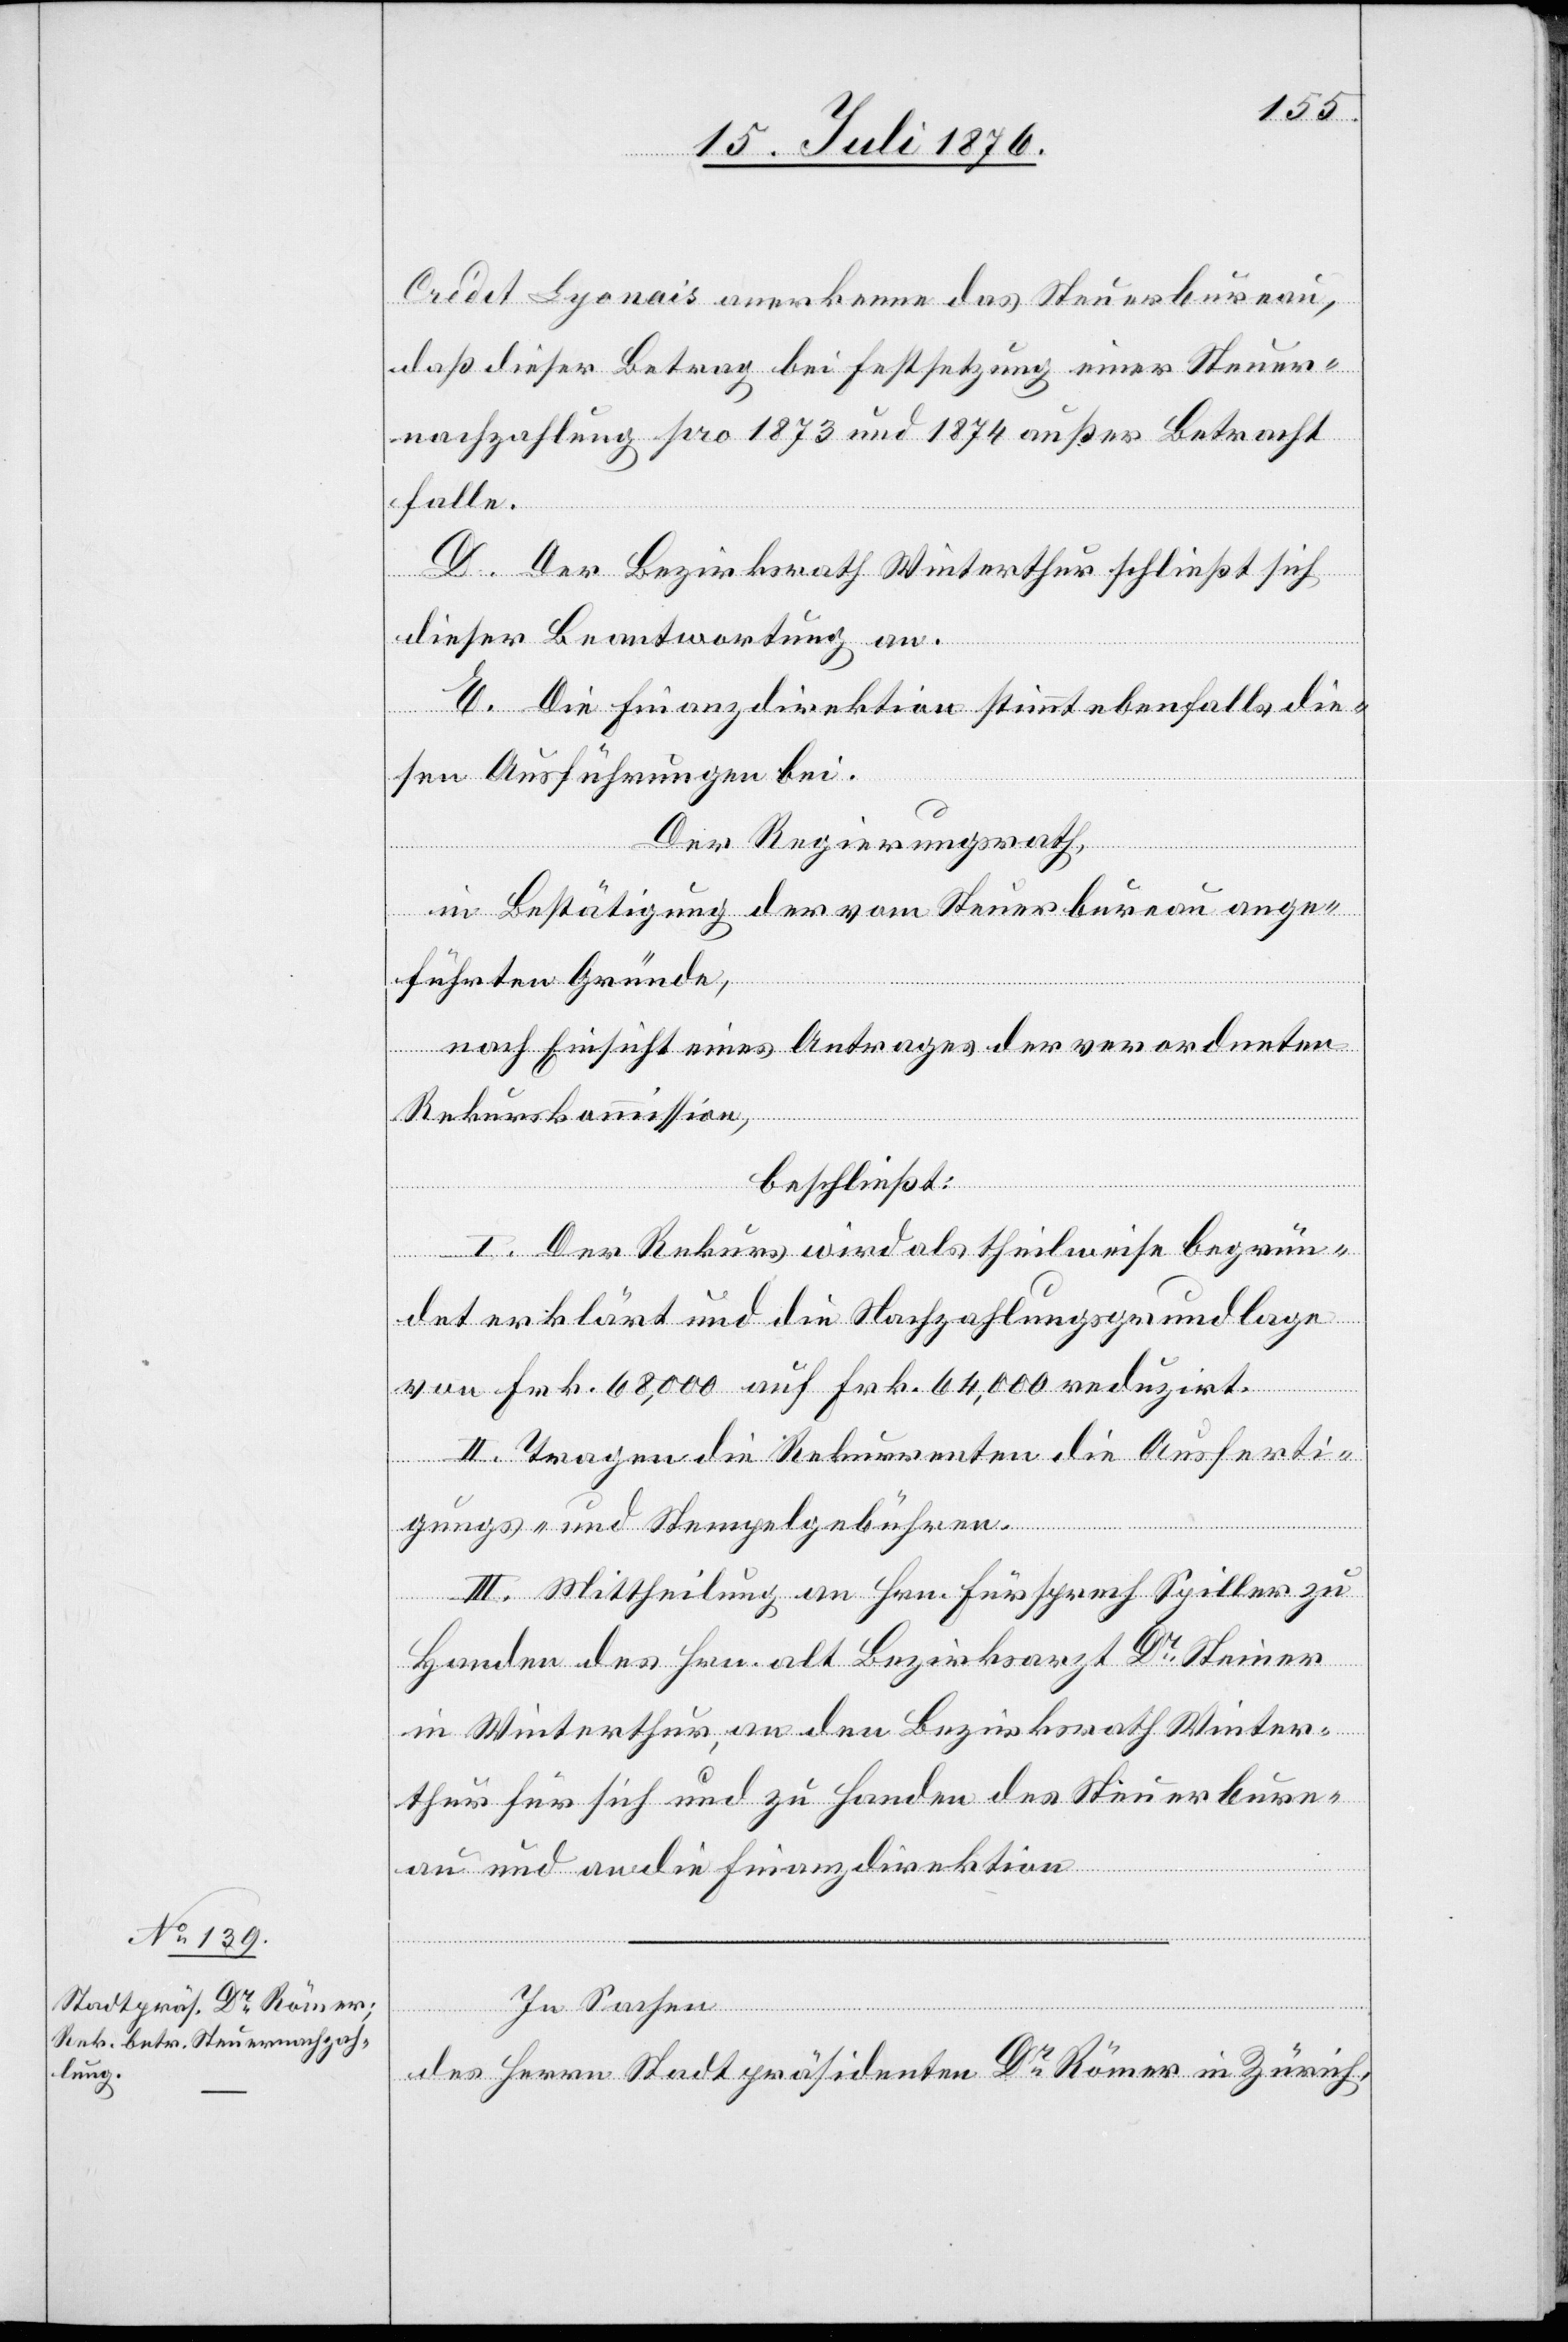
Crédit Lyonais anerkenne das Steuerbureau,
daß dieser Betrag bei Festsetzung einer Steuer¬
nachzahlung pro 1873 und 1874 außer Betracht
falle.
D. Der Bezirksrath Winterthur schließt sich
dieser Beantwortung an.
E. Die Finanzdirektion stimmt ebenfalls die¬
sen Ausführungen bei.
Der Regierungsrath,
in Bestätigung der vom Steuerbureau ange¬
führten Gründe,
nach Einsicht eines Antrages der verordneten
Rekurskommission,
beschließt:
I. Der Rekurs wird als theilweise begrün¬
det erklärt und die Nachzahlungsgrundlage
von Frk. 68,000 auf Frk. 64,000 reduzirt.
II. Tragen die Rekurrenten die Ausferti¬
gungs- und Stempelgebühren.
III. Mittheilung an Hrn. Fürsprech Spiller zu
Handen des Hrn. alt Bezirksarzt Dr Steiner
in Winterthur, an den Bezirksrath Winter¬
thur für sich und zu Handen des Steuerbure¬
au und an die Finanzdirektion.
In Sachen
des Herrn Stadtpräsidenten Dr Römer in Zürich,